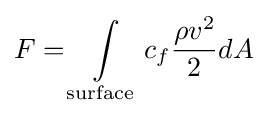
F=\int \limits _{\text{surface}}c_{f}{\frac {\rho v^{2}}{2}}dA